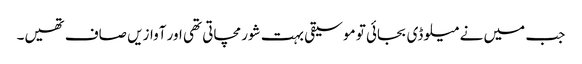
جب میں نے میلوڈی بجائی تو موسیقی بہت شور مچاتی تھی اور آوازیں صاف تھیں۔